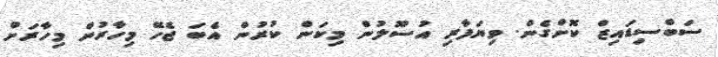
ސަބްސިޑައިޒް ކޮށްގެން. ވިޔަފާރި އުސޫލުން މިކަން ކުރުން އެބަ ޖެހޭ މިހާރުން މިހާރަށް